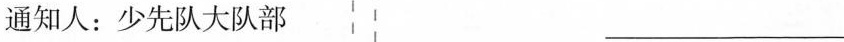
通知人：少先队大队部 ___